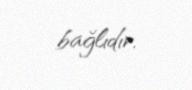
bağlıdır.